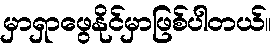
မှာရှာဖွေနိုင်မှာဖြစ်ပါတယ်။